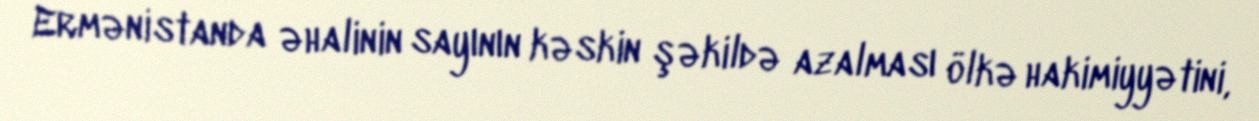
Ermənistanda əhalinin sayının kəskin şəkildə azalması ölkə hakimiyyətini,